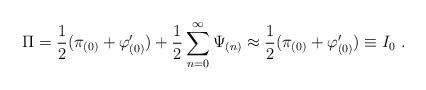
LaTeX: \begin{align*}{\Pi} = \frac{1}{2}(\pi_{(0)} + \varphi'_{(0)}) + \frac{1}{2}\sum_{n = 0}^{\infty} {\Psi}_{(n)} \approx \frac{1}{2}(\pi_{(0)} + \varphi'_{(0)}) \equiv I_0 \ .\end{align*}